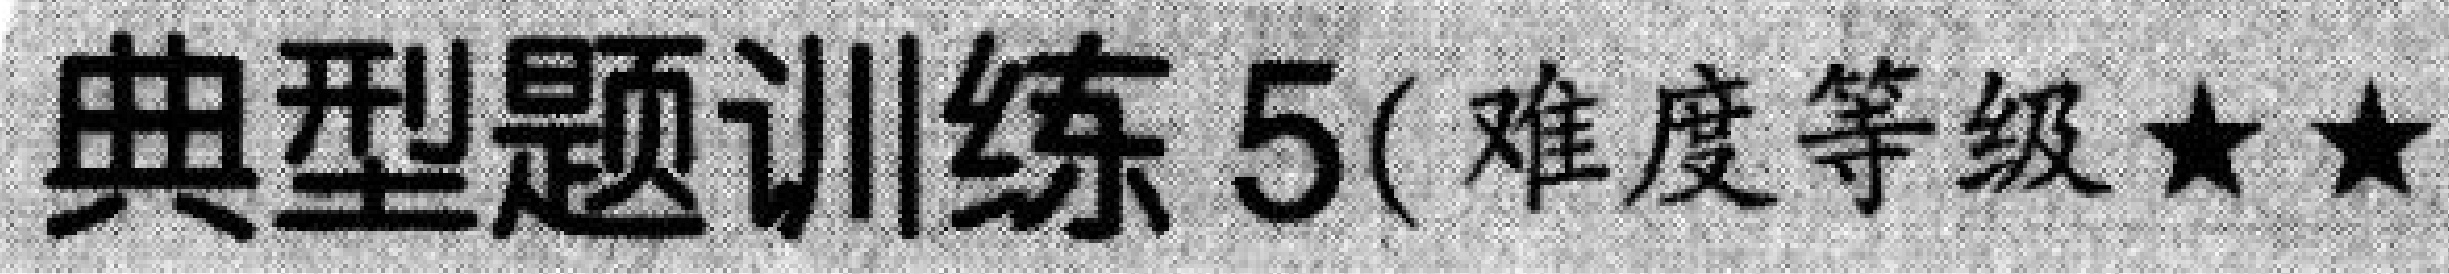
典型题训练 5( 难度等级★★